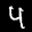
Label: 4